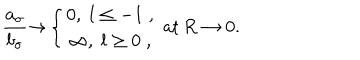
LaTeX: \frac { a _ { \sigma } } { b _ { \sigma } } { \rightarrow } \left\{ \begin{array} { c } { { 0 , \; l \leq - 1 \; , } } \\ { { \infty , \; l \geq 0 \; , } } \\ \end{array} \right. \, \mathrm { a t } \, R \rightarrow 0 .